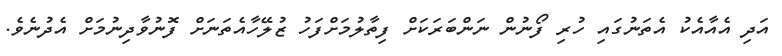
އަދި އެއާއެކު އެތަނުގައި ހުރި ފޯނުން ނަންބަރަކަށް ފިތާލުމަށްފަހު ޒުލޭހާއެތަނަށް ފޮނުވާދިނުމަށް އެދުނެވެ.